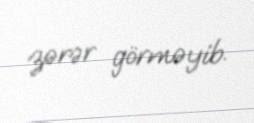
zərər görməyib.